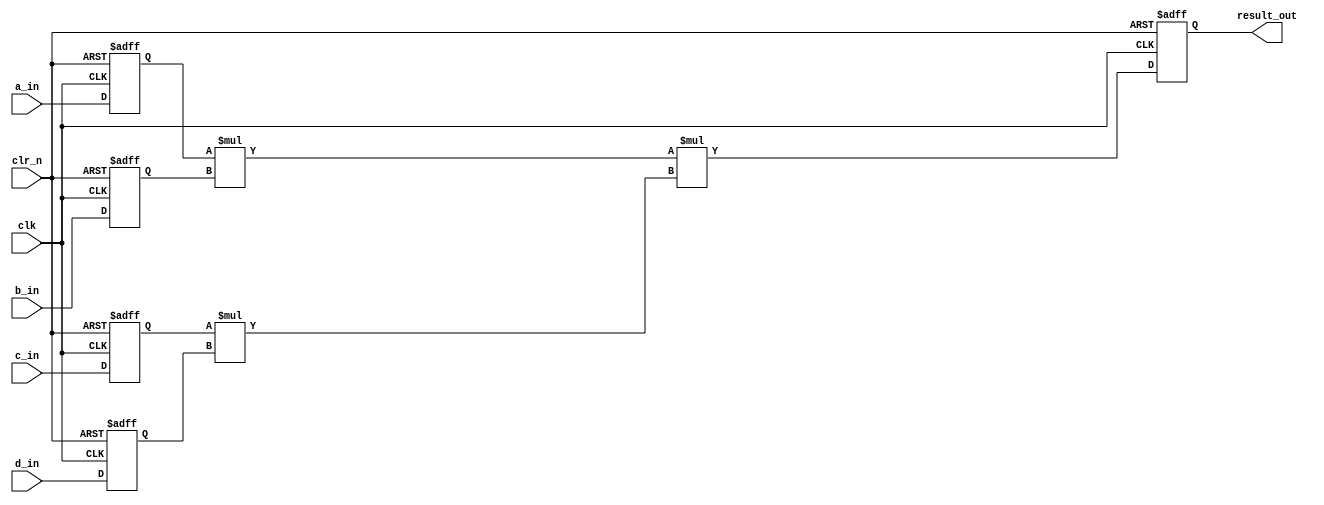
module mult_no_inst
	//  Add an additional parameter that allows you to select 
	//         between a pipeline and non-pipelined implementation
	#(parameter AWIDTH = 8, BWIDTH = 9, CWIDTH = 10, DWIDTH = 11,
			PIPELINE = 0)
	(
	input clk, clr_n,
	input [AWIDTH-1:0] a_in,
	input [BWIDTH-1:0] b_in,
	input [CWIDTH-1:0] c_in,
	input [DWIDTH-1:0] d_in,
	output reg [(AWIDTH+BWIDTH+CWIDTH+DWIDTH)-1:0] result_out
);

	reg [AWIDTH-1:0] atemp;
	reg [BWIDTH-1:0] btemp;
	reg [CWIDTH-1:0] ctemp;
	reg [DWIDTH-1:0] dtemp;
	reg [(AWIDTH+BWIDTH)-1:0] abtemp;
	reg [(CWIDTH+DWIDTH)-1:0] cdtemp;

	//  This generate statement simply adds in an always block with 
	//      pipeline registers in the middle or one without.  This is
	//      the same codes from three_mult.v and three_mult_pipe.v but
	//      directly coded into the generate block.
	generate
	begin:  pipe_check
		if (PIPELINE != 0)
		begin:  pipeline_true
			always @ (posedge clk, negedge clr_n)
			begin
				if (!clr_n) begin
					atemp <= 0;
					btemp <= 0;
					ctemp <= 0;
					dtemp <= 0;
					abtemp <= 0;
					cdtemp <= 0;
					result_out <= 0;
				end
				else begin
					atemp <= a_in;
					btemp <= b_in;
					ctemp <= c_in;
					dtemp <= d_in;
					abtemp <= atemp * btemp;
					cdtemp <= ctemp * dtemp;
					result_out <=  abtemp * cdtemp;
				end
			end
		end
		else
		begin:  pipeline_not_true
			always @ (posedge clk, negedge clr_n)
			begin
				if (!clr_n) begin
					atemp <= 0;
					btemp <= 0;
					ctemp <= 0;
					dtemp <= 0;
					result_out <= 0;
				end
				else begin
					atemp <= a_in;
					btemp <= b_in;
					ctemp <= c_in;
					dtemp <= d_in;
					result_out <=  (atemp * btemp) * (ctemp * dtemp);
				end
			end
		end
	end
	endgenerate		
	

endmodule